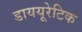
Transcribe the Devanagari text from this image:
डाययूरेटिक